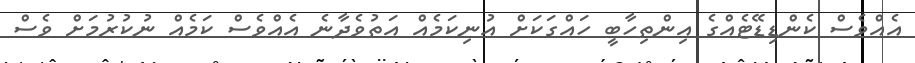
އެއްވެސް ކެންޑިޑޭޓެއްގެ އިންތިހާބީ ހައްގަކަށް އުނިކަމެއް އަތުވެދާނެ އެއްވެސް ކަމެއް ނުކުރުމަށް ވެސް